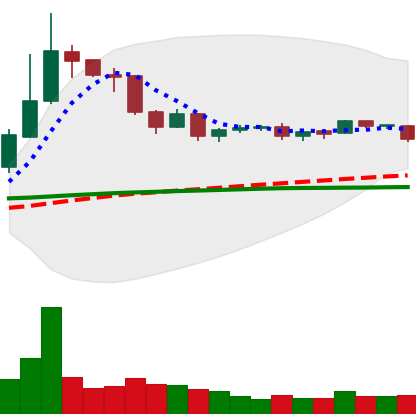
Ticker: DOGE-USD
Chart end date: 2019-04-21
Forward return: -8.732%
Label: down_7plus